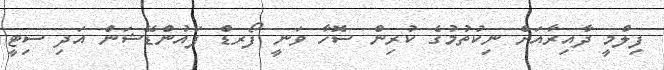
ފިލްމީ ދާއިރާއަށް ނިކުތުމުގެ ކުރިން ސޮހާ ވަނީ ފޯރޑް ފައުންޑޭޝަން އަދި ސިޓީ